Report on vaccination in the Province of Bengal - 1874-1889
Year: 1874
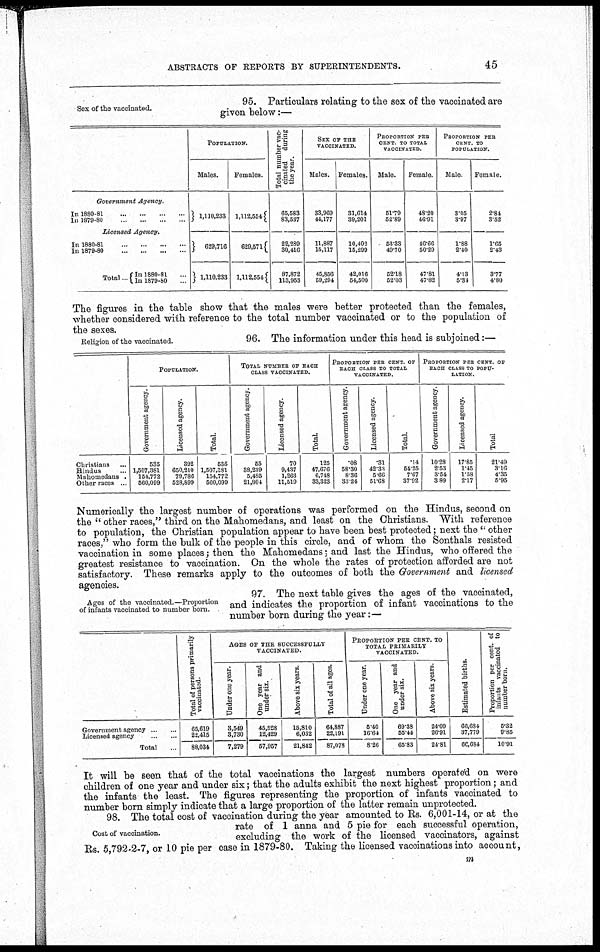
ABSTRACTS OF REPORTS BY SUPERINTENDENTS.
45
Sex of the vaccinated.
95. Particulars relating to the sex of the vaccinated are
given below:—
Government Agency.
In 1880-81
...
...
...
...
In 1879-80
...
...
...
...
Licensed Agency.
In 1880-81
...
...
...
...
In 1879-80
...
...
...
...
Total ...
In 1880-81 ...
In 1879-80 ...
POPULATION.
Males.
1,110,233
629,716
1,110,233
Females.
1,112,554
629,571
1,112,554
Total number vac-
cinated during
the year.
65,583
83,537
22,289
30,416
87,872
113,953
SEX OF THE
VACCINATED.
Males.
33,969
44,177
11,887
15,117
45,856
59,294
Females.
31,614
39,201
10,402
15,299
42,016
54,500
PROPORTION PER¬
CENT TO TOTAL
VACCINATED.
Male.
51.79
52.89
53.33
49.70
52.18
52.03
Female.
48.20
46.91
46.66
50.29
47.81
47.82
PROPORTION PER¬
CENT. TO
POPULATION.
Male
3.05
3.97
1.88
2.40
4.13
5.34
Female.
2.84
3.52
1.65
2.43
3.77
4.80
The figures in the table show that the males were better protected than the females,
whether considered with reference to the total number vaccinated or to the population of
the sexes.
Religion of the vaccinated.
96. The information under this head is subjoined:—
Christians ...
Hindus ...
Mahomedans ...
Other races ...
POPULATION.
Government agency.
535
1,507,381
154,772
560,099
Licensed agency.
392
650,210
79,786
528,899
Total.
535
1,507,381
154,772
560,099
TOTAL NUMBER OF EACH
CLASS VACCINATED.
Government agency.
55
38,239
5,485
21,804
Licensed agency.
70
9,437
1,263
11,519
Total.
125
47,676
6,748
33,323
PROPORTION PER CENT. OF
EACH CLASS TO TOTAL
VACCINATED.
Government agency.
.08
58.30
8.36
33.24
Licensed agency.
.31
42.33
5.66
51.68
Total.
.14
54.25
7.67
37.92
PROPORTION PER CENT. OF
EACH CLASS TO POPU-
------.
Government agency
10.28
2.53
3.54
3.89
Licensed agency.
17.85
1.45
1.58
2.17
Total
21.49
3.16
4.35
5.95
Numerically the largest number of operations was performed on the Hindus, second on
the " other races," third on the Mahomedans, and least on the Christians. With reference
to population, the Christian population appear to have been best protected; next the " other
races," who form the bulk of the people in this circle, and of whom the Sonthals resisted
vaccination in some places; then the Mahomedans; and last the Hindus, who offered the
greatest resistance to vaccination. On the whole the rates of protection afforded are not
satisfactory. These remarks apply to the outcomes of both the Government and licensed
agencies.
Ages of the vaccinated.—Proportion
of infants vaccinated to number born.
97. The next table gives the ages of the vaccinated,
and indicates the proportion of infant vaccinations to the
number born during the year:—
Government agency ... ...
Licensed agency
...
...
Total ...
Total of persons primarily
vaccinated.
65,619
22,415
88,034
AGES OF THE SUCCESSFULLY
VACCINATED.
Under one year.
3,549
3,730
7,279
One year and
under six.
45,528
12,429
57,957
Above six years.
15,810
6,032
21,842
Total of all ages.
64,887
22,191
87,078
PROPORTION PER CENT. TO
TOTAL PRIMARILY
VACCINATED.
Under one year.
5.40
16.64
8.26
One year and
under six.
69.38
55.44
65.83
Above six years.
24.09
26.91
24.81
Estimated births.
66,684
37,779
66,684
Proportion per cent. of
infants vaccinated to
number born.
5.32
9.85
10.91
It will be seen that of the total vaccinations the largest numbers operated on were
children of one year and under six; that the adults exhibit the next highest proportion; and
the infants the least. The figures representing the proportion of infants vaccinated to
number born simply indicate that a large proportion of the latter remain unprotected.
Cost of vaccination.
98. The total cost of vaccination during the year amounted to Rs. 6,001-14, or at the
rate of 1 anna and 5 pie for each successful operation,
excluding the work of the licensed vaccinators, against
Rs. 5,792-2-7, or 10 pie per case in 1879-80. Taking the licensed vaccinations into account,
m